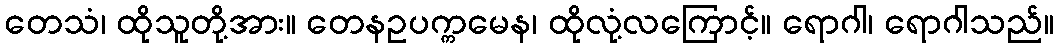
တေသံ၊ ထိုသူတို့အား။ တေနဥပက္ကမေန၊ ထိုလုံ့လကြောင့်။ ရောဂါ၊ ရောဂါသည်။